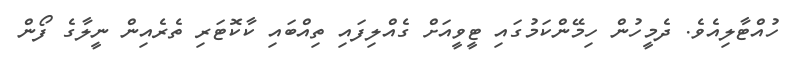
ހުއްޓާލިއެވެ. ދެމީހުން ހިމޭންކަމުގައި ޓީވީއަށް ގެއްލިފައި ތިއްބައި ކާކޮޓަރި ތެރެއިން ނީލާގެ ފޯން